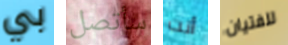
بي سأتصل أنت للفتيان